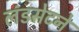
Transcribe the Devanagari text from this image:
लंडसेटने